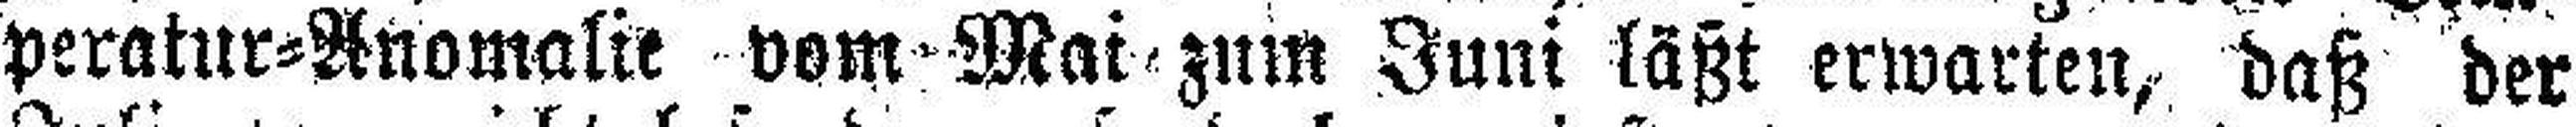
peratur=Anomalie vom Mai zum Juni läßt erwarten, daß der